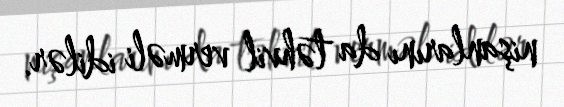
nişanlarını da təhvil verməli idilər.